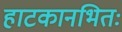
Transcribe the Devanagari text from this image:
हाटकानभितः